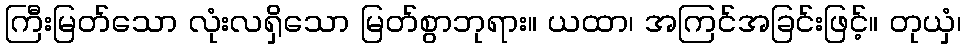
ကြီးမြတ်သော လုံးလရှိသော မြတ်စွာဘုရား။ ယထာ၊ အကြင်အခြင်းဖြင့်။ တုယှံ၊